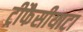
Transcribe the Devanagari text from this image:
ट्रीफैसीयाटा